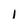
Character: 1